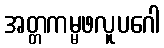
အတ္တကမ္မဖလူပဂေါ